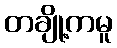
တချို့ကမူ